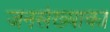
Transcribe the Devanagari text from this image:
जनसंख्याका